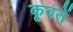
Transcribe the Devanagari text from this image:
कूवतें